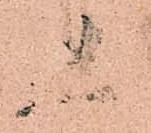
人